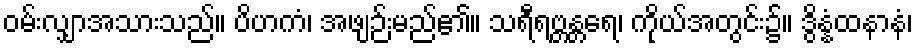
ဝမ်းလျှာအသားသည်။ ပိဟကံ၊ အဖျဉ်းမည်၏။ သရီရဗ္တန္တရေ၊ ကိုယ်အတွင်း၌။ ဒွိန္နံထနာနံ၊